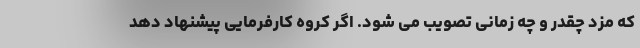
که مزد چقدر و چه زمانی تصویب می شود. اگر کروه کارفرمایی پیشنهاد دهد